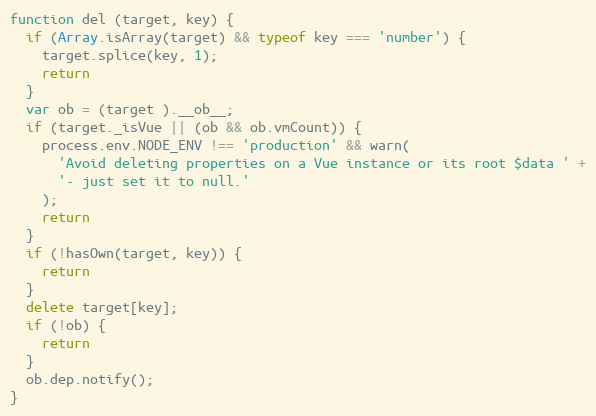
Language: JavaScript
function del (target, key) {
  if (Array.isArray(target) && typeof key === 'number') {
    target.splice(key, 1);
    return
  }
  var ob = (target ).__ob__;
  if (target._isVue || (ob && ob.vmCount)) {
    process.env.NODE_ENV !== 'production' && warn(
      'Avoid deleting properties on a Vue instance or its root $data ' +
      '- just set it to null.'
    );
    return
  }
  if (!hasOwn(target, key)) {
    return
  }
  delete target[key];
  if (!ob) {
    return
  }
  ob.dep.notify();
}